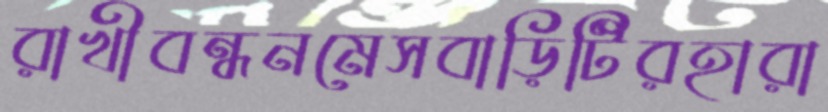
রাখীবন্ধনমেসবাড়িটিরহারা